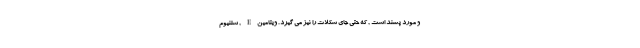
و مورد پسند است , که حتی جای شکلات را نیز می گیرد . ویتامین E , سلنیوم